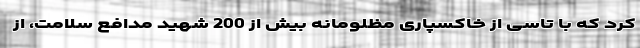
کرد که با تاسی از خاکسپاری مظلومانه بیش از 200 شهید مدافع سلامت، از